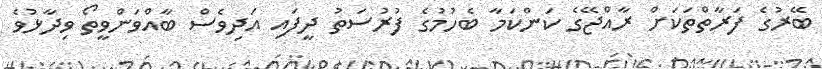
ބޭރުގެ ފަރާތްތަކަށް ރާއްޖޭގެ ކަންކަމާ ބެހުމުގެ ފުރުސަތު ދީފައި އަދިވެސް ބާއްވަންވީތޯ ވިދާޅުވެ